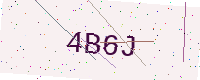
Text: 4B6J